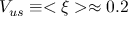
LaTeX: V _ { u s } \equiv < \xi > \approx 0 . 2